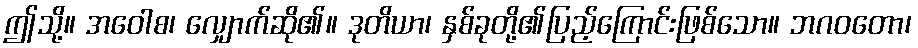
ဤသို့။ အဝေါစ၊ လျှောက်ဆို၏။ ဒုတိယာ၊ နှစ်ခုတို့၏ပြည့်ကြောင်းဖြစ်သော။ ဘဂဝတော၊